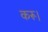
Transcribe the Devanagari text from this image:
करू।